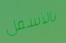
بالأسفل